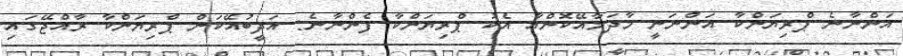
އަންނާނެ ޕްރިޔަންކާ އަންނަނީ މާދަމާއޭކޮންއާ އެކު ޕްރިޔަންކާ ފެންނާނެ: އަދީބުއޭކަން ޕްރިޔަންކާ ރާއްޖޭގައި